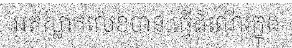
អត់ស្លាកលេខបាន ធ្វើដំណើរក្នុង